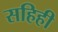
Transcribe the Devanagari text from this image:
सहिही